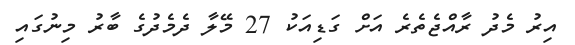
އިރު މެދު ރާއްޖެތެރެ އަށް ގަޑިއަކު 27 މޭލާ ދެމެދުގެ ބާރު މިނުގައި